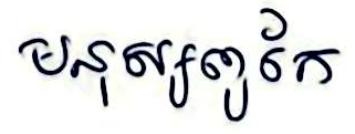
មនុស្សពូកែ